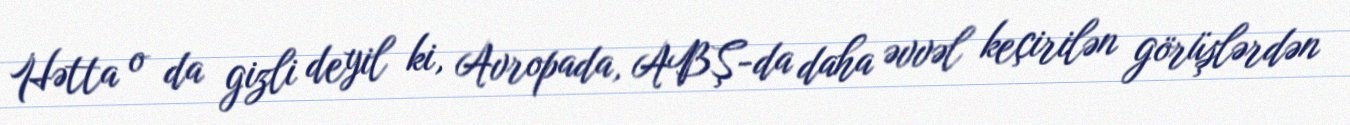
Hətta o da gizli deyil ki, Avropada, ABŞ-da daha əvvəl keçirilən görüşlərdən